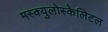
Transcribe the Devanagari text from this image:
मस्क्युलोस्केलिटल